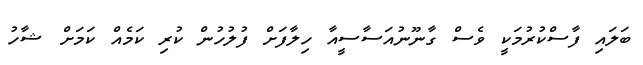
ބަލައި ފާސްކުރުމަކީ ވެސް ގާނޫނުއަސާސީއާ ހިލާފަށް ފުލުހުން ކުރި ކަމެއް ކަމަށް ޝާހު